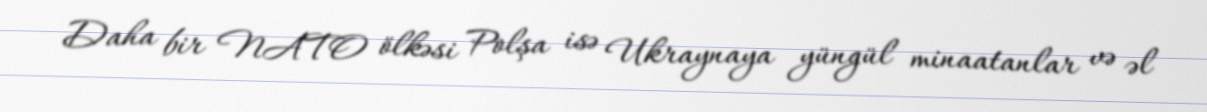
Daha bir NATO ölkəsi Polşa isə Ukraynaya yüngül minaatanlar və əl